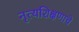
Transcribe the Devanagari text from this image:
नृत्यशिक्षणाचे